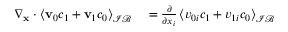
\begin{array} { r l } { \nabla _ { \mathbf x } \cdot \left\langle \mathbf v _ { 0 } c _ { 1 } + \mathbf v _ { 1 } c _ { 0 } \right\rangle _ { \mathcal { I B } } } & { { } = \frac { \partial } { \partial x _ { i } } \left\langle v _ { 0 i } c _ { 1 } + v _ { 1 i } c _ { 0 } \right\rangle _ { \mathcal { I B } } } \end{array}